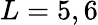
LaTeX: L=5,6